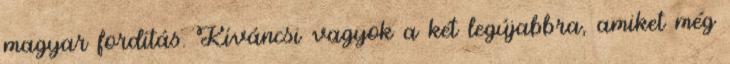
magyar fordítás. Kíváncsi vagyok a két legújabbra, amiket még